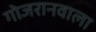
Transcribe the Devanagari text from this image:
गोजरानवाला